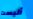
أليست